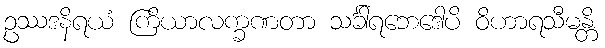
ဥဿဒနိရယံ ကြိယာလက္ခဏတာ သင်္ခါရဘေဒေါပိ ဝိဟာရသီမန္တိ